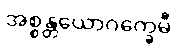
အစ္စန္တယောဂက္ခေမီ